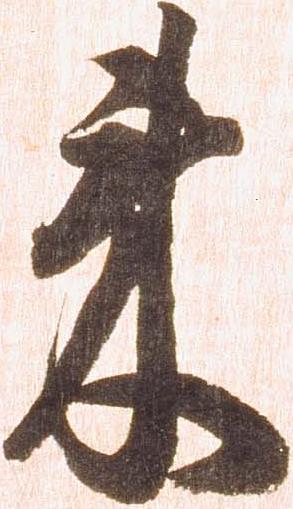
来